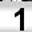
Digit: 1